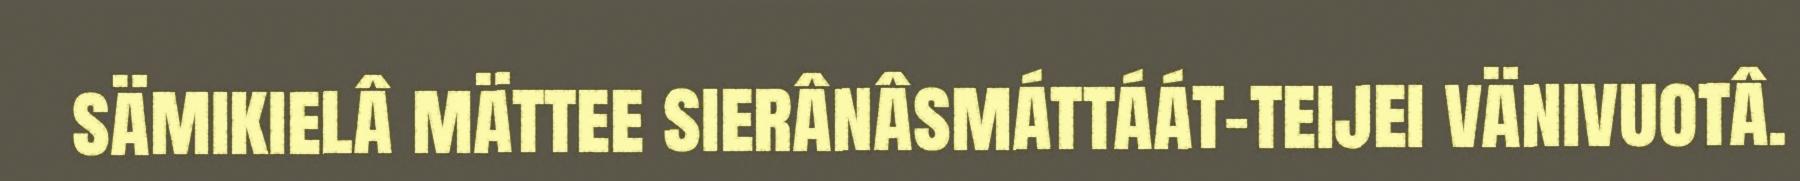
sämikielâ mättee sierânâsmáttáát-teijei vänivuotâ.